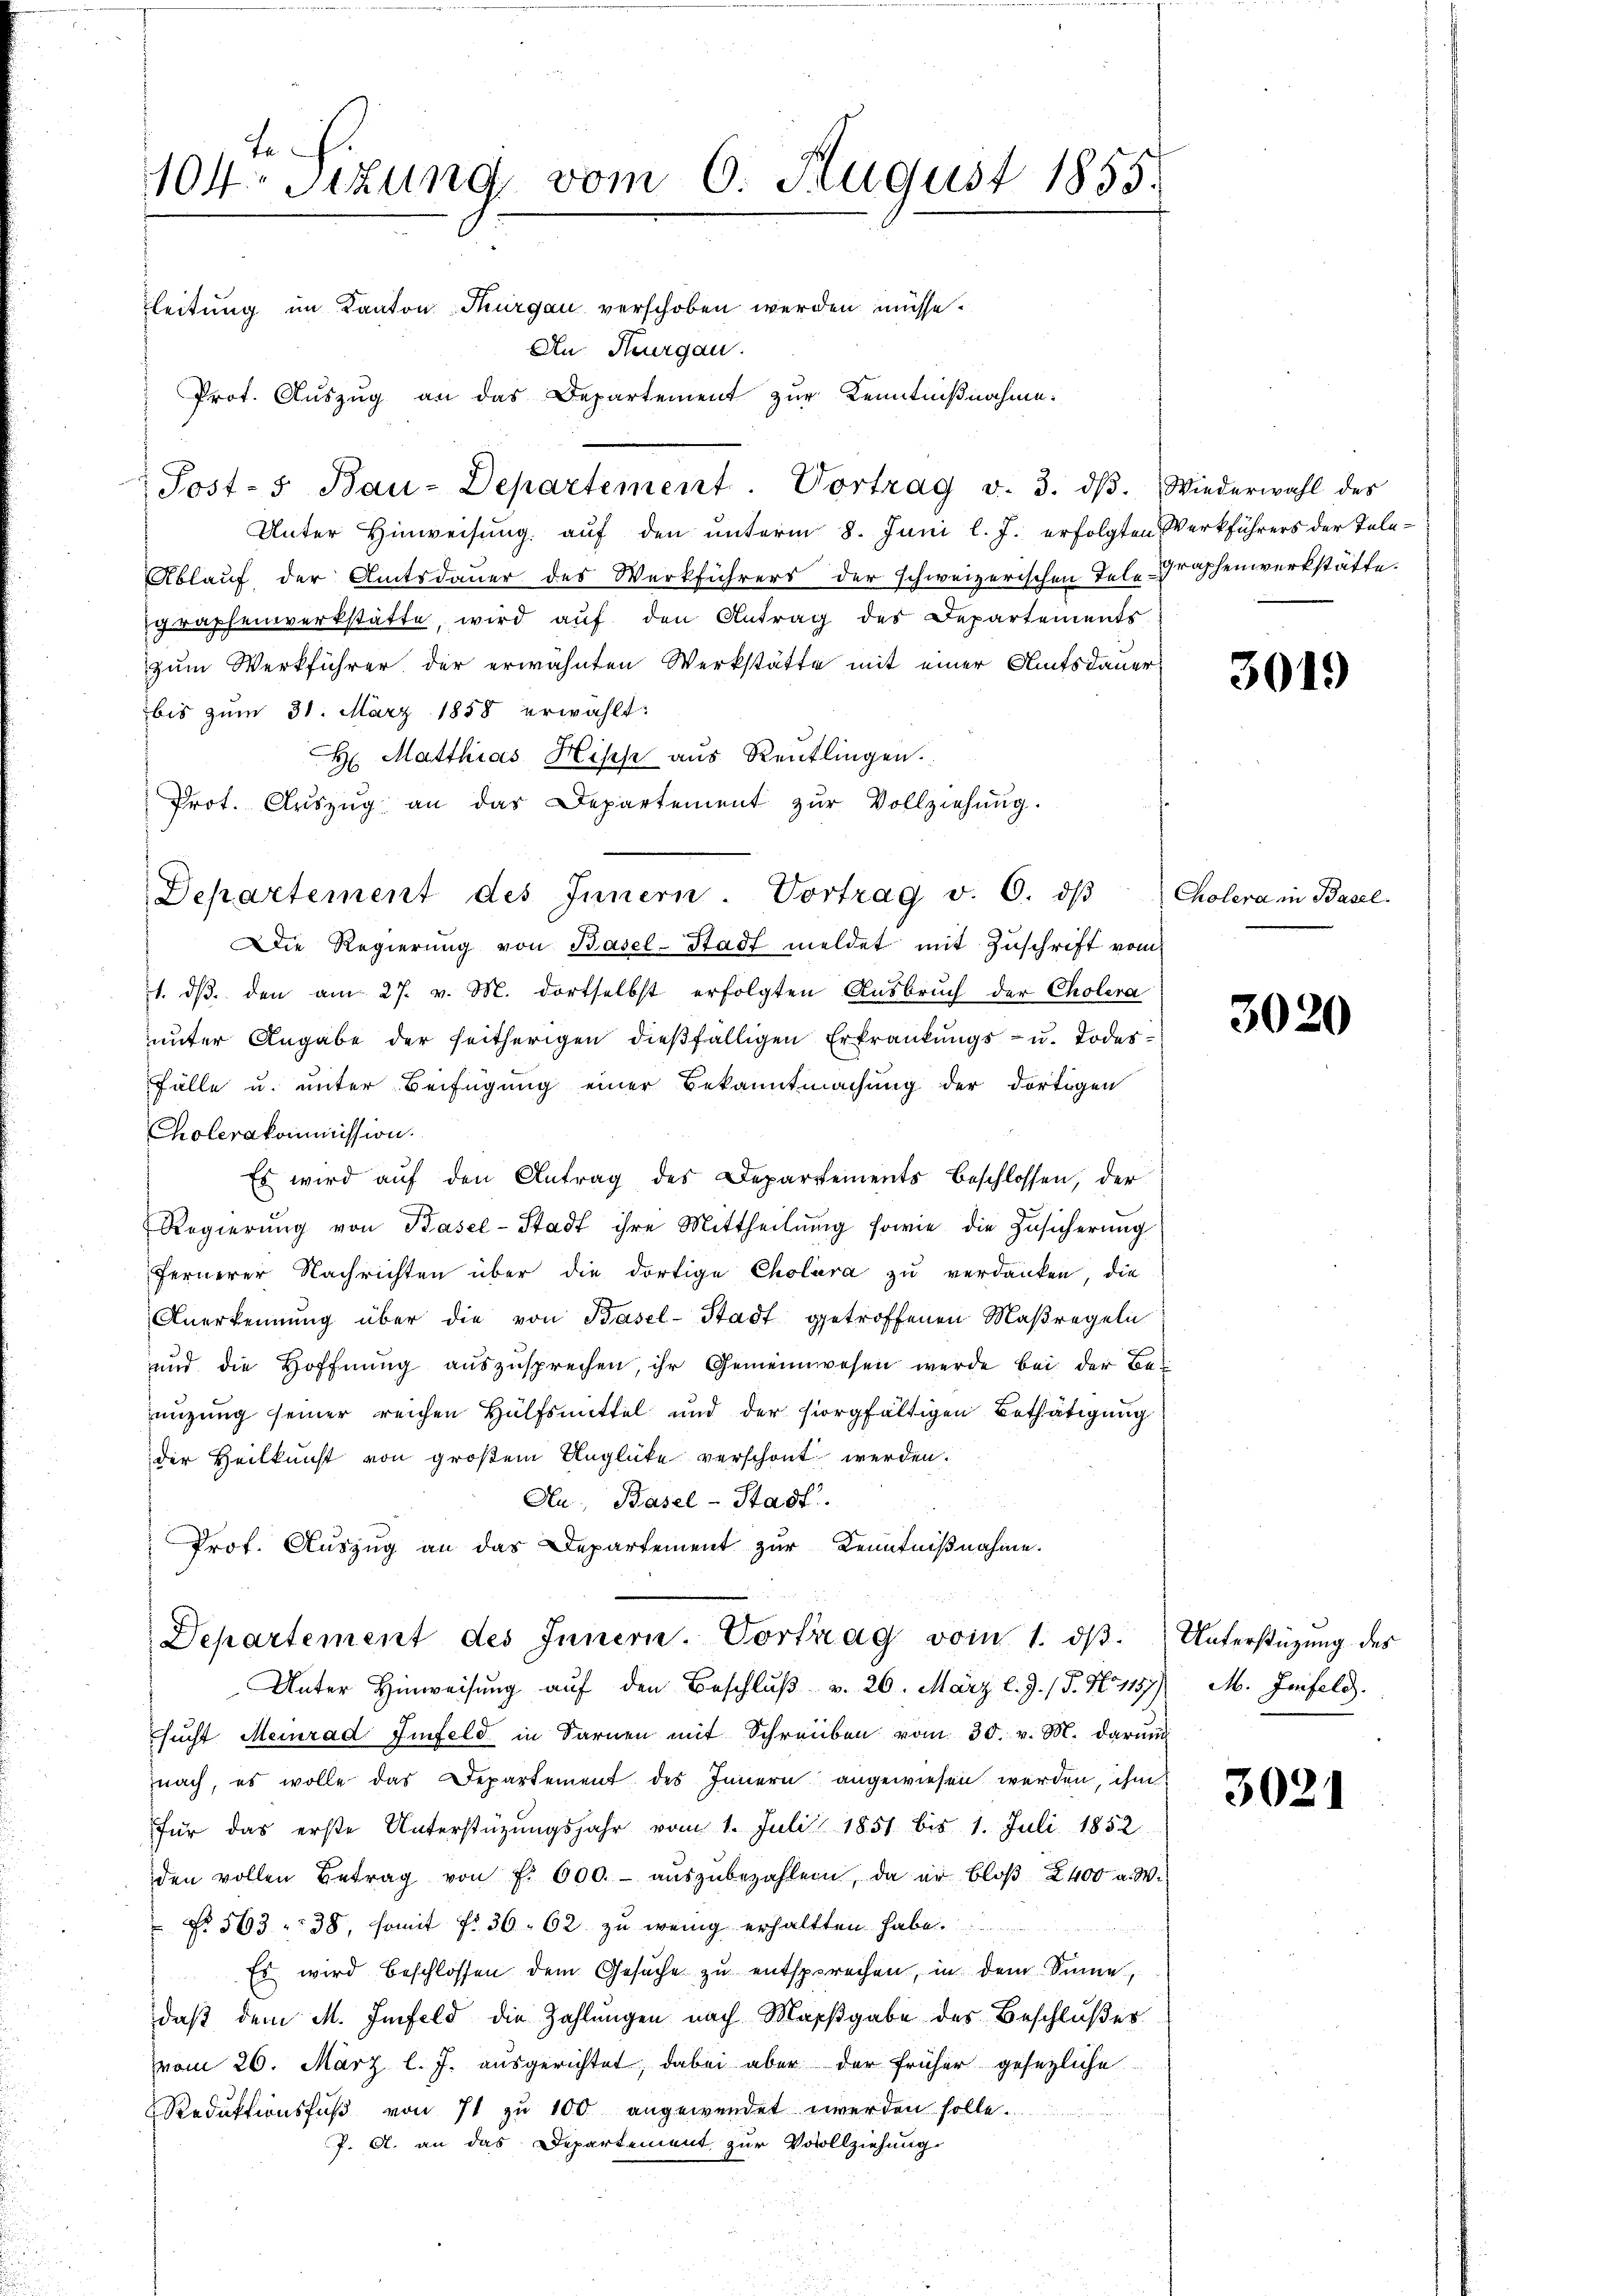
te
104 Sizung vom 6. August 1855.
leitung im Kanton Thurgau verschoben werden müsse.

An Thurgau.
Prot. Auszug an das Departement zur Kenntnißnahme:
Post-s Bau-Departement. Vortrag v. 3. dβ. Wiederwahl des
Unter Hinweisung auf den unterm 8. Juni l. J. erfolgten Werkführers der Tele¬
Ablauf der Amtsdauer des Werkführers der schweizerischen Telegraphenwerkstätte.
graphenwerkstätte, wird auf den Antrag des Departements
zum Werkführer der erwähnten Werkstätte mit einer Amtsdauer-
bis zum 31. März 1858 erwählt:
 Matthias Hisch aus Reutlingen.
Prot. Aŭszŭg an das Departement zŭr Vollziehung.
Die Regierŭng von Basel-Stadt meldet mit Zuschrift vom
1. dβ den am 27. v. M. dortselbst erfolgten Ausbruch der Cholera
unter Angabe der seitherigen dießfälligen Erkrankungs- u. Todes¬
Fälle u. unter Beifügung einer Bekanntmachung der dortigen
Cholerakommission.
Es wird auf den Antrag des Departements beschlossen, der
Regierŭng von Basel-Stadt ihre Mittheilŭng sowie die Zusicherŭng
fernerer Nachrichten über die dortige Cholera zu verdanken, die
Anerkennung über die von Basel-Stadt getroffenen Maßregeln
und die Hoffnŭng aŭszŭsprechen, ihr Gemeinwesen werde bei der Benizung seiner reichen Hülfsmittel und der sorgfältigen Bethätigung
der Heilkunst von großem Unglücke verschont werden.
Au, Basel-Stadt.
Prof. Auszug an das Departement zur Kenntnißnahme.

Departement des Innern. Vortrag v. 6. dβ

Unter Hinweisung aŭf den Beschlŭβ v. 26. März l. J. / 5. No 1157) M. Infeld.
sŭcht Meinrad Iinfeld in Sarnen mit Schreiben vom 30. v. M. darŭm
nach, es wolle das Departement des Innern angewiesen werden, ihm
für das erste Unterstützungsjahr vom 1. Juli 1851 bis 1. Juli 1852
den vollen Betrag von fl. 600. aŭszŭbezahlen, da er bloβ 2400 a. W.
No. 563  38, somit fr. 36. 62 zu wenig erhaltten habe
Es wird beschlossen dem Gesuche zu entsprechen, in dem Sinne,
daß dem M. Infeld die Zahlungen nach Massgabe des Beschlußer
vom 26. März l. J. ausgerichtet, dabei aber der früher gesezliche
Reduktionsfuß von 71 zu 100 angewendet werden solle.
f. A. an das Departement zur Votollziehung

Departement des Innern. Vortrag vom 1. dβ. Unterstüzung des

3019

Cholera in Basel¬

3020

3021